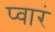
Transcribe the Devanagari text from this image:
प्वारं